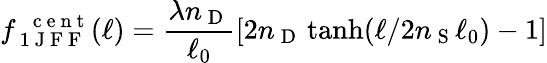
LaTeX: f_{\mathrm{~1~J~F~F~}}^{\mathrm{~\, ~c~e~n~t~}}(\ell)=\frac{\lambda n_{\mathrm{~D~}}}{\ell_{0}}[2n_{\mathrm{~D~}}\operatorname{tanh}(\ell/2n_{\mathrm{~S~}}\ell_{0})-1]